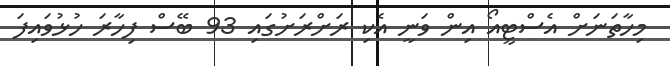
މިހާތަނަށް އެސްޓީއޯ އިން ވަނީ އެކި ރަށްރަށުގައި 93 ބޭސް ފިހާރަ ހުޅުވައިފަ